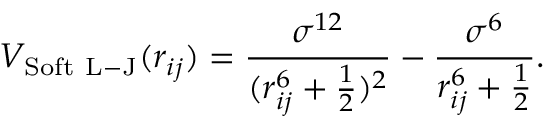
V _ { \mathrm { S o f t } \ \mathrm { L - J } } ( r _ { i j } ) = \frac { \sigma ^ { 1 2 } } { ( r _ { i j } ^ { 6 } + \frac { 1 } { 2 } ) ^ { 2 } } - \frac { \sigma ^ { 6 } } { r _ { i j } ^ { 6 } + \frac { 1 } { 2 } } .